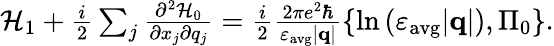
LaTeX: \begin{array}{r}{\mathcal{H}_{1}+\frac{i}{2}\sum_{j}\frac{\partial^{2}\mathcal{H}_{0}}{\partial x_{j}\partial q_{j}}=\frac{i}{2}\frac{2\pi e^{2}\hbar}{\varepsilon_{\mathrm{avg}}|\mathbf{q}|}\left\{ \ln{\left(\varepsilon_{\mathrm{avg}}|\mathbf{q}|\right)},\Pi_{0}\right\} .}\end{array}